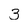
Character: 3